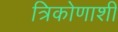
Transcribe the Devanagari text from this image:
त्रिकोणाशी